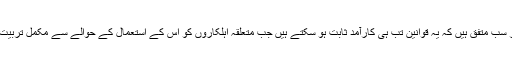
لیکن اس پر سب متفق ہیں کہ یہ قوانین تب ہی کارآمد ثابت ہو سکتے ہیں جب متعلقہ اہلکاروں کو اس کے استعمال کے حوالے سے مکمل تربیت دی جائے۔